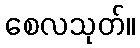
စေလသုတ်။